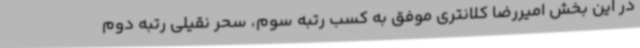
در این بخش امیررضا کلانتری موفق به کسب رتبه سوم، سحر نقیلی رتبه دوم